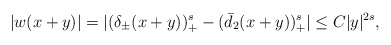
\begin{align*}|w(x+y)|= |(\delta_{\pm}(x+y))_+^s-(\bar d_2(x+y))_+^s| \le C|y|^{2s},\end{align*}